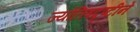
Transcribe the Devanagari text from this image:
ज्योतिषदृष्टीने